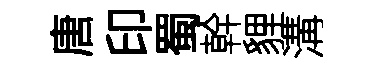
唐印蜀幹貍溝